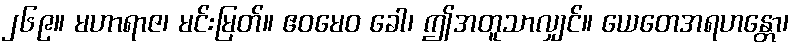
၂၆၉။ မဟာရာဇ၊ မင်းမြတ်။ ဧဝမေဝ ခေါ၊ ဤအတူသာလျှင်။ ယေတေအရဟန္တော၊